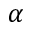
\alpha